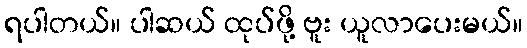
ရပါတယ်။ ပါဆယ် ထုပ်ဖို့ ဗူး ယူလာပေးမယ်။